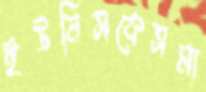
ইউনিসকেসমা